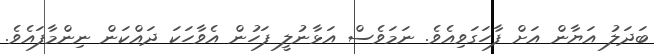
ބަދަލު އަޔާާން އަށް ފާހަގަވިއެވެ. ނަމަަވެސް އަޅާނުލީ ފަހުން އެވާހަކަ ދައްކަން ނިންމާފައެވެ.